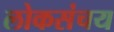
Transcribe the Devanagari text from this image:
लोकसंचय